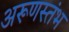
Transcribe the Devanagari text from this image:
अरूणस्तंभ